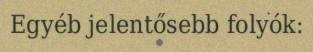
Egyéb jelentősebb folyók: